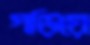
গড়িয়ে